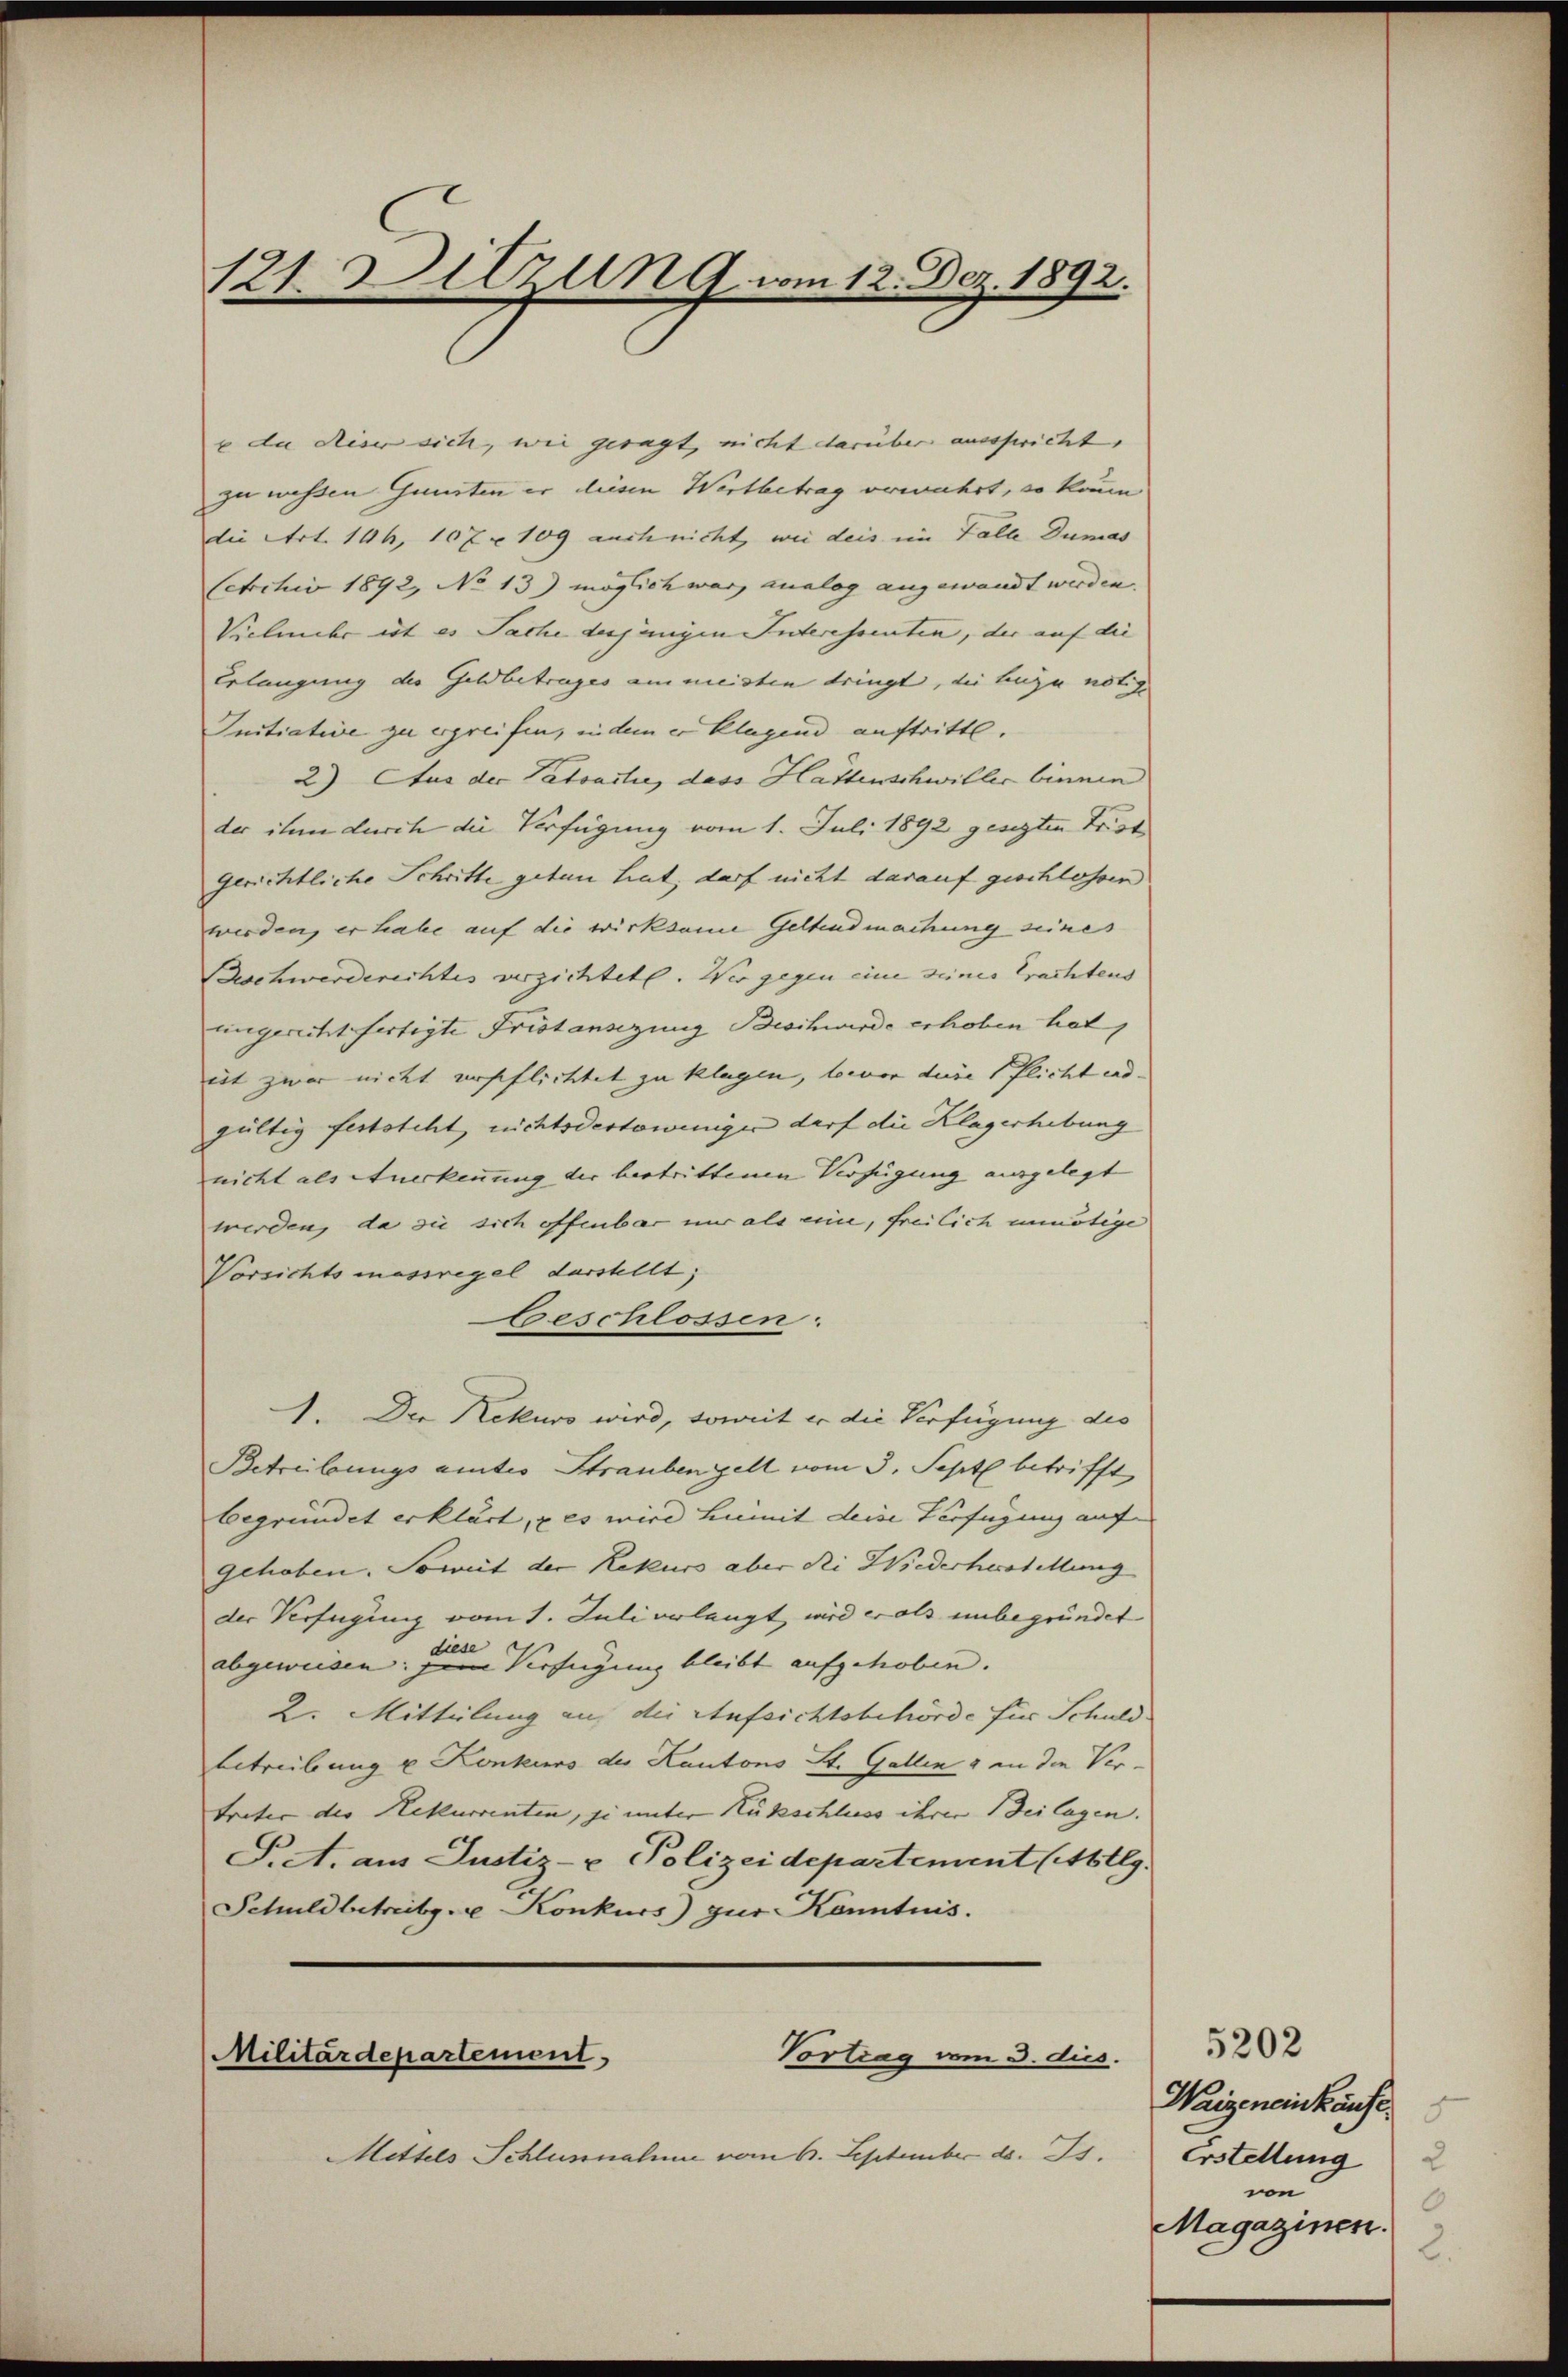
121. Dilzung vom 12. Dez. 1892.

du dieser sich, wie gesagt, nicht darüber ausspricht. |
zu wessen Gunsten er diesen Wertbetrag erwahrt, so kaum
die Art. 146, 107 u. 109 auch nicht, wie deis im Falle Dumas
Archiv 1892, No 13) möglich war, analog angewandt werden.
Vielmehr ist es Sache derjenigen Interessenten, der auf die
Erlangung des Geldbetrages am meisten dringt, die Luzu nötige
Initiative zu ergreifen, indem er klagend auftritte.
2) Aus der Tatsartie, dass Hattenschwiller binnen
der ihm durch die Verfügung vom 1. Juli 1892 gesezten Frist
gerichtliche Schritte getan hat, darf nicht darauf geschlossen
werden, er habe auf die wirksame Geltendmachung seines
Beschwerderichtes verzichtet. Wir gegen eine seines Erachtens
ungericht fertigte Fristansezung Beschwerde erhoben hat,
eit zwar nicht erpflichtet zu klagen, bevor diese flicht end- |
gültig feststeht, nichtsdestoweniger darf die Klagerhebung
nicht als Anerkennung der bestrittenen Verfügung ausgelegt
werden, da sie sich offenbar nur als eine, freilich unnötige
Vorsichtsmassregel darstellt;
beschlossen.
1. Die Rekurs wird, somit er die Verfügung des
Betreibungs amtes Straubengelt vom 3. Septe betrifft,
begründet erklärt, u es wird hiemit deise Verfügung auf |
gehoben. Soweit der Rekurs aber die Wiederherstellung
der Verfügung vom 1. Juli verlangt, wird er als unbegründet
.
abgeweisen: Dem Verfügung bleibt aufgehoben. |
2. Mitteilung auf die Aufsichtsbehörde für Schuld
betreibung u Konkurs des Kantons St. Gallen & an den Vertreter der Rekurrenten, je unter Rückschluss ihrer Beilagen.
P.A. aus Justiz- & Polizeidepartement (Abtlg.
Schuldbetreibgere Konkurs zur Kenntnis.
Vortrag vom 3. dus.
Militärdepartement
Mittels Schlussnahme vom 6. September d. Js. Erstellung 2

5202
Weigeneinkäufe
von
0
Magazinen.
2.